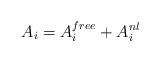
LaTeX: \begin{align*}A_i = A^{free}_i + A^{nl}_i\end{align*}